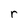
Character: r